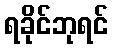
ရခိုင်ဘုရင်